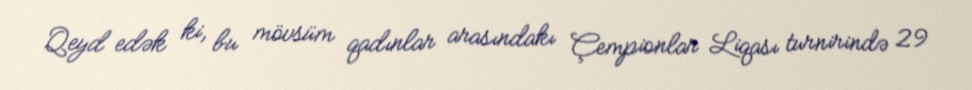
Qeyd edək ki, bu mövsüm qadınlar arasındakı Çempionlar Liqası turnirində 29